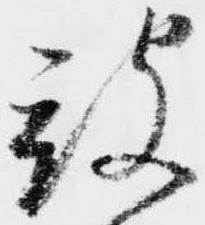
被